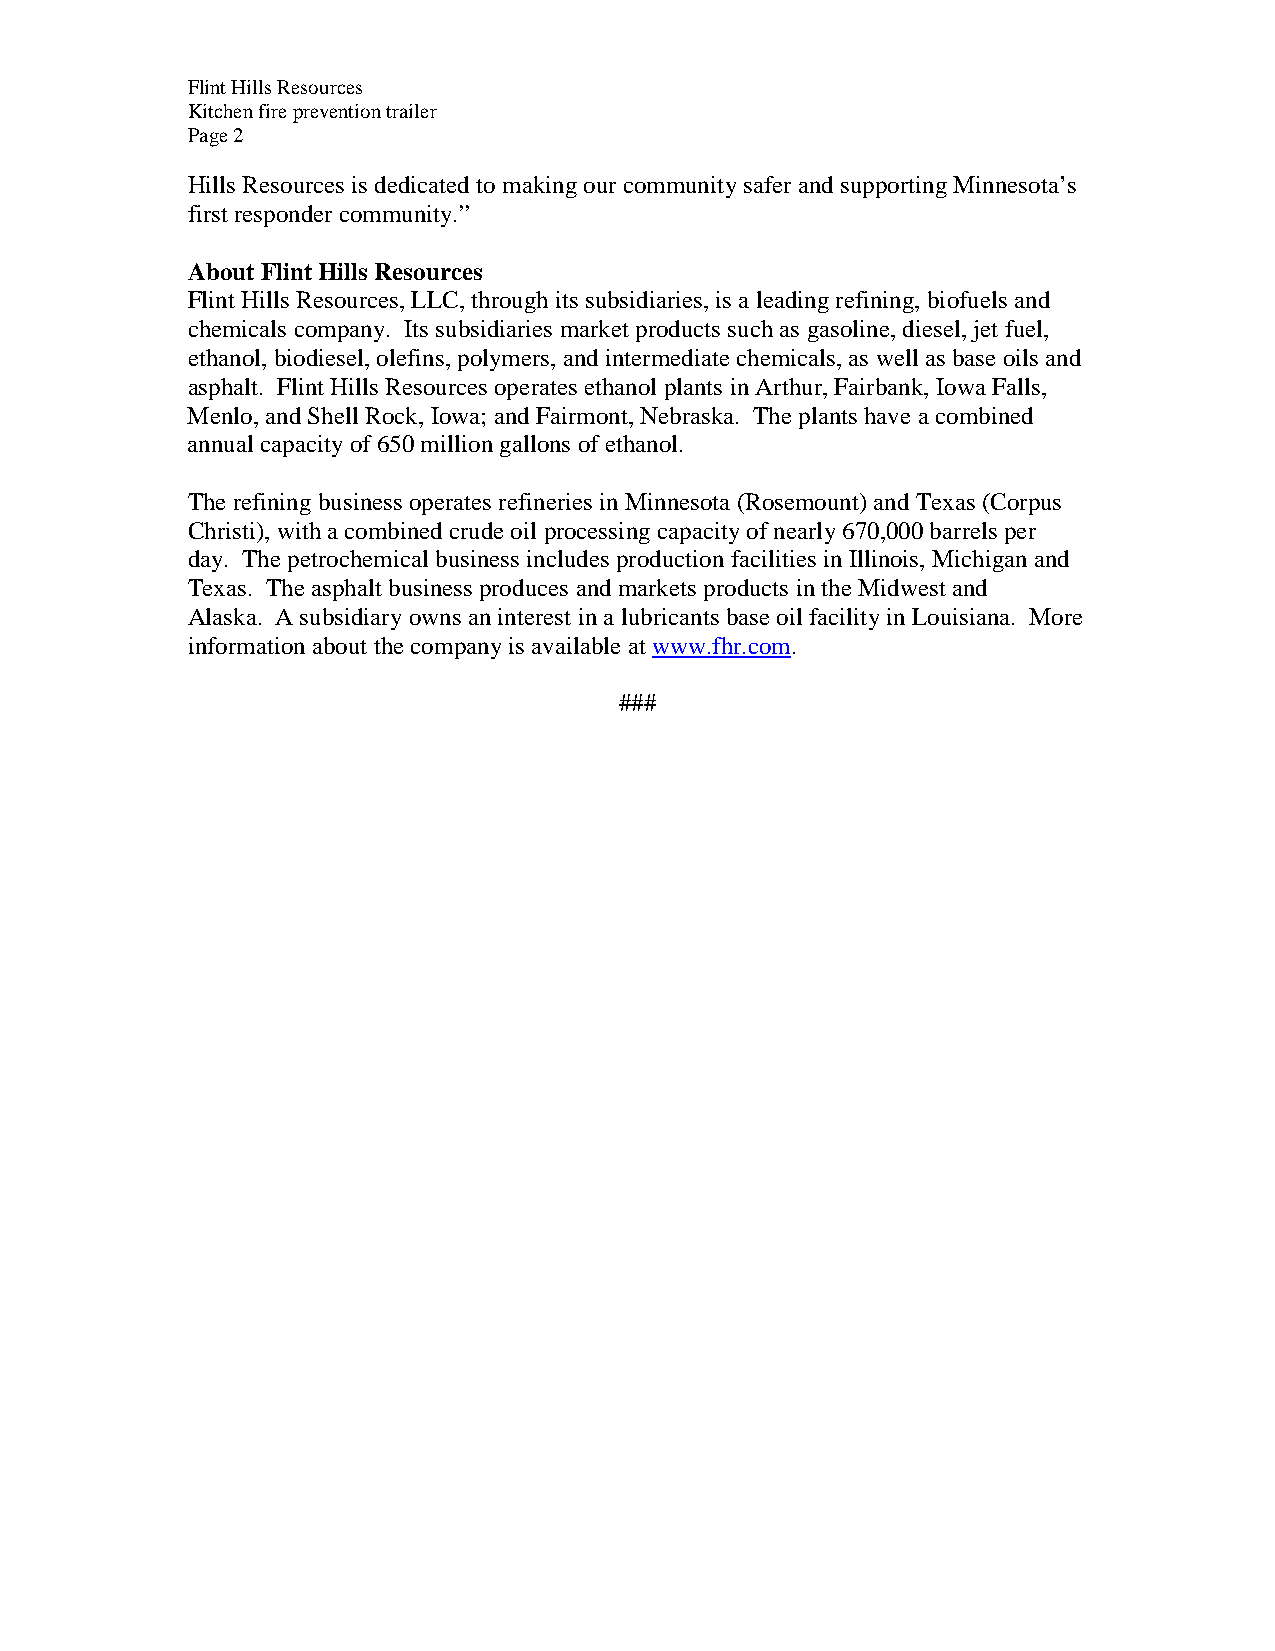
Flint Hills Resources
 Kitchen fire prevention trailer
 Page 2
 Hills Resources is dedicated to making our community safer and supporting Minnesota’s
 first responder community.”
 About Flint Hills Resources
 Flint Hills Resources, LLC, through its subsidiaries, is a leading refining, biofuels and
 chemicals company. Its subsidiaries market products such as gasoline, diesel, jet fuel,
 ethanol, biodiesel, olefins, polymers, and intermediate chemicals, as well as base oils and
 asphalt. Flint Hills Resources operates ethanol plants in Arthur, Fairbank, Iowa Falls,
 Menlo, and Shell Rock, Iowa; and Fairmont, Nebraska. The plants have a combined
 annual capacity of 650 million gallons of ethanol.
 The refining business operates refineries in Minnesota (Rosemount) and Texas (Corpus
 Christi), with a combined crude oil processing capacity of nearly 670,000 barrels per
 day. The petrochemical business includes production facilities in Illinois, Michigan and
 Texas. The asphalt business produces and markets products in the Midwest and
 Alaska. A subsidiary owns an interest in a lubricants base oil facility in Louisiana. More
 information about the company is available at www.fhr.com.
 ###